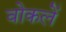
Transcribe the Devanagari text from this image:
वोकलें